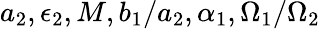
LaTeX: a_{2},\epsilon_{2},M,b_{1}/a_{2},\alpha_{1},\Omega_{1}/\Omega_{2}